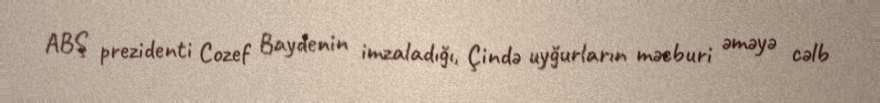
ABŞ prezidenti Cozef Baydenin imzaladığı, Çində uyğurların məcburi əməyə cəlb